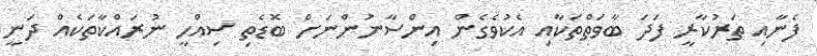
ފެނާއި ތަރުކާރީ ފަދަ ބާވަތްތަކާއި އެކުވެެގެން އިންސާނުންނަށް ބޮޑެތި ސިއްހީ ނުރައްކާތަކެއް ދަނީ